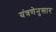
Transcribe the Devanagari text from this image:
यंत्रणेनुसार